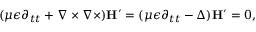
( \mu \epsilon \partial _ { t t } + \nabla \times \nabla \times ) \mathbf { H } ^ { \prime } = ( \mu \epsilon \partial _ { t t } - \Delta ) \mathbf { H } ^ { \prime } = 0 ,